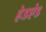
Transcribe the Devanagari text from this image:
हेडएंड